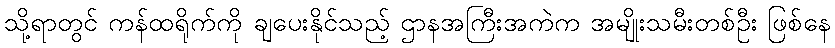
သို့ရာတွင် ကန်ထရိုက်ကို ချပေးနိုင်သည့် ဌာနအကြီးအကဲက အမျိုးသမီးတစ်ဦး ဖြစ်နေ